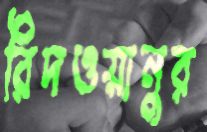
রিদওয়ানুর